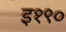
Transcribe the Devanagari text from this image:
इ१९०